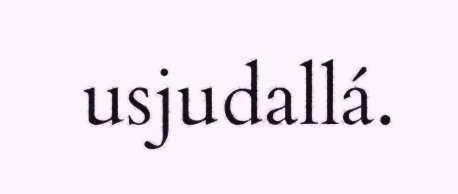
usjudallá.